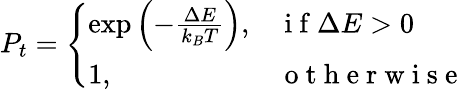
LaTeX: \begin{array}{r}{P_{t}=\left\{ \begin{array}{ll}{\exp\left(-\frac{\Delta E}{k_{B}T}\right),}&{\mathrm{~i~f~}\Delta E>0}\\ {1,}&{\mathrm{~o~t~h~e~r~w~i~s~e~}}\end{array}\right.}\end{array}